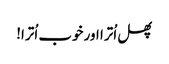
پھل اُترا اور خوب اُترا!